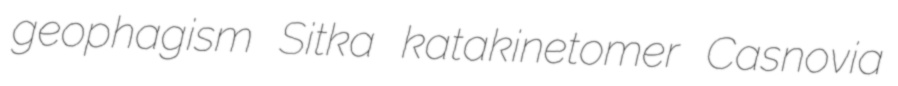
geophagism Sitka katakinetomer Casnovia